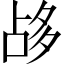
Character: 𡖡